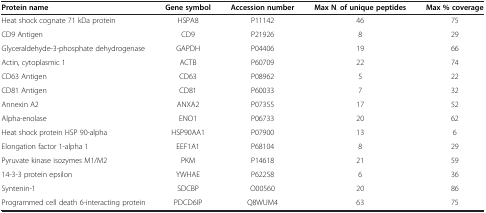
<table><thead><tr><td><b>Protein name</b></td><td><b>Gene symbol</b></td><td><b>Accession number</b></td><td><b>Max N. of unique peptides</b></td><td><b>Max % coverage</b></td></tr></thead><tbody><tr><td>Heat shock cognate 71 kDa protein</td><td>HSPA8</td><td>P11142</td><td>46</td><td>75</td></tr><tr><td>CD9 Antigen</td><td>CD9</td><td>P21926</td><td>8</td><td>29</td></tr><tr><td>Glyceraldehyde-3-phosphate dehydrogenase</td><td>GAPDH</td><td>P04406</td><td>19</td><td>66</td></tr><tr><td>Actin, cytoplasmic 1</td><td>ACTB</td><td>P60709</td><td>22</td><td>74</td></tr><tr><td>CD63 Antigen</td><td>CD63</td><td>P08962</td><td>5</td><td>22</td></tr><tr><td>CD81 Antigen</td><td>CD81</td><td>P60033</td><td>7</td><td>32</td></tr><tr><td>Annexin A2</td><td>ANXA2</td><td>P07355</td><td>17</td><td>52</td></tr><tr><td>Alpha-enolase</td><td>ENO1</td><td>P06733</td><td>20</td><td>62</td></tr><tr><td>Heat shock protein HSP 90-alpha</td><td>HSP90AA1</td><td>P07900</td><td>13</td><td>6</td></tr><tr><td>Elongation factor 1-alpha 1</td><td>EEF1A1</td><td>P68104</td><td>8</td><td>29</td></tr><tr><td>Pyruvate kinase isozymes M1/M2</td><td>PKM</td><td>P14618</td><td>21</td><td>59</td></tr><tr><td>14-3-3 protein epsilon</td><td>YWHAE</td><td>P62258</td><td>6</td><td>36</td></tr><tr><td>Syntenin-1</td><td>SDCBP</td><td>O00560</td><td>20</td><td>86</td></tr><tr><td>Programmed cell death 6-interacting protein</td><td>PDCD6IP</td><td>Q8WUM4</td><td>63</td><td>75</td></tr></tbody></table>